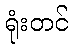
ရုံးတင်